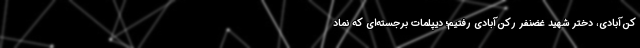
کن‌آبادی، دختر شهید غضنفر رکن‌آبادی رفتیم؛ دیپلمات برجسته‌ای که نماد